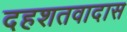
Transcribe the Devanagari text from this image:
दहशतवादास